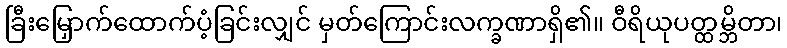
ခြီးမြှောက်ထောက်ပံ့ခြင်းလျှင် မှတ်ကြောင်းလက္ခဏာရှိ၏။ ဝီရိယုပတ္ထမ္ဘိတာ၊